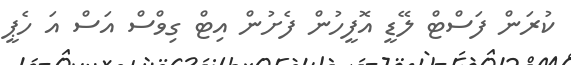
ކުރަން ފަސްޓް ލޭޑީ އޮފީހުން ފެށުން އިޓް ގިވްސް އަސް އަ ހެޕީ